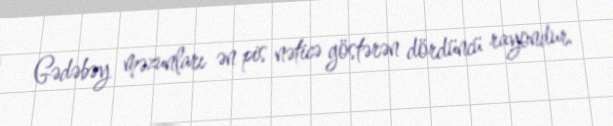
Gədəbəy məzunları ən pis nəticə göstərən dördüncü rayondur.